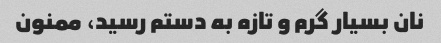
نان بسیار گرم و تازه به دستم رسید، ممنون